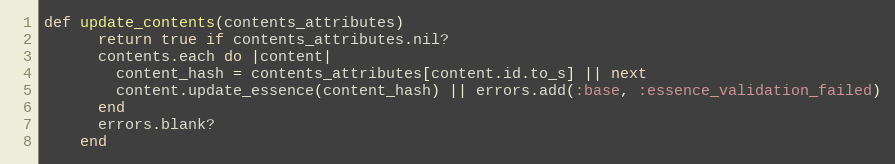
Language: Ruby
def update_contents(contents_attributes)
      return true if contents_attributes.nil?
      contents.each do |content|
        content_hash = contents_attributes[content.id.to_s] || next
        content.update_essence(content_hash) || errors.add(:base, :essence_validation_failed)
      end
      errors.blank?
    end